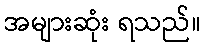
အများဆုံး ရသည်။